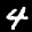
Label: 4